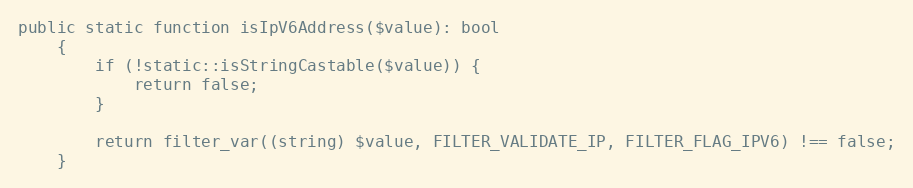
Language: PHP
public static function isIpV6Address($value): bool
    {
        if (!static::isStringCastable($value)) {
            return false;
        }

        return filter_var((string) $value, FILTER_VALIDATE_IP, FILTER_FLAG_IPV6) !== false;
    }